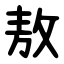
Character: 敖